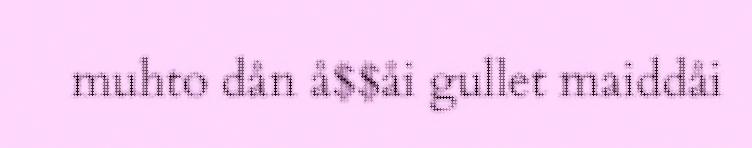
muhto dån å$$åi gullet maiddåi